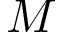
M